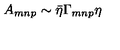
A _ { m n p } \sim { \bar { \eta } } \Gamma _ { m n p } \eta